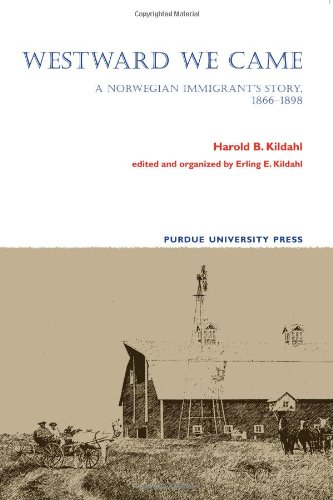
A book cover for Westward We Came: A Norwegian immigrant's Story, 1866-1898; Erling E. Kildahl; Biographies & Memoirs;